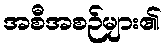
အစီအစဉ်များ၏